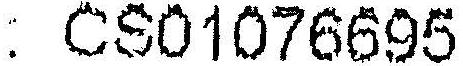
: CS01076695